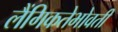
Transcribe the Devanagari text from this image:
लैंगिकतेभोवती